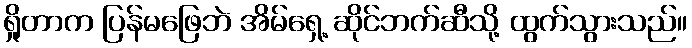
ရှိုတာက ပြန်မဖြေဘဲ အိမ်ရှေ့ ဆိုင်ဘက်ဆီသို့ ထွက်သွားသည်။